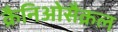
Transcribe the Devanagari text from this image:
क्रैनिओसैक्रल